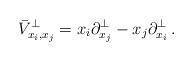
LaTeX: \begin{align*}\bar{V}^{\perp}_{x_i , x_j} = x_i \partial_{x_j}^{\perp} - x_j \partial_{x_i}^{\perp} \, .\end{align*}